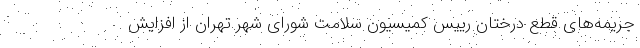
جریمه‌های قطع درختان رییس کمیسیون سلامت شورای شهر تهران از افزایش